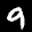
Label: 9